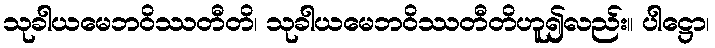
သုခါယမေဘဝိဿတီတိ၊ သုခါယမေဘဝိဿတီတိဟူ၍လည်း။ ပါဋ္ဌော၊